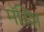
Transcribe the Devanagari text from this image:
मॅरिश